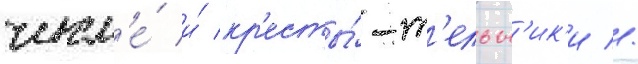
числ'е́ и́ кр'есты́-т'ельн'ик'и //